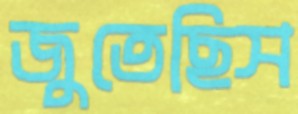
জুতেছিস